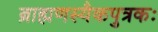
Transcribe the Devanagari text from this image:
ब्राह्मणस्यैकपुत्रकः